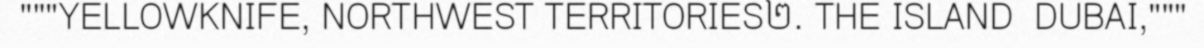
"""YELLOWKNIFE, NORTHWEST TERRITORIES២. THE ISLAND  DUBAI,"""